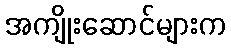
အကျိုးဆောင်များက